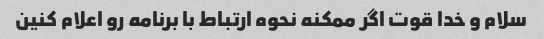
سلام و خدا قوت اگر ممکنه نحوه ارتباط با برنامه رو اعلام کنین